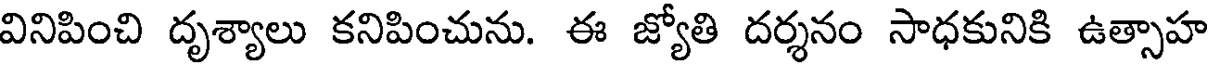
వినిపించి దృశ్యాలు కనిపించును. ఈ జ్యోతి దర్శనం సాధకునికి ఉత్సాహ